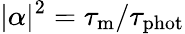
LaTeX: |\alpha|^{2}=\tau_{\mathrm{m}}/\tau_{\mathrm{phot}}